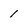
Character: 1